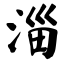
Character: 淄